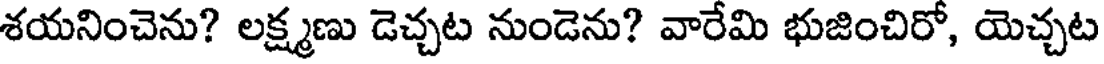
శయనించెను? లక్ష్మణు డెచ్చట నుండెను? వారేమి భుజించిరో, యెచ్చట